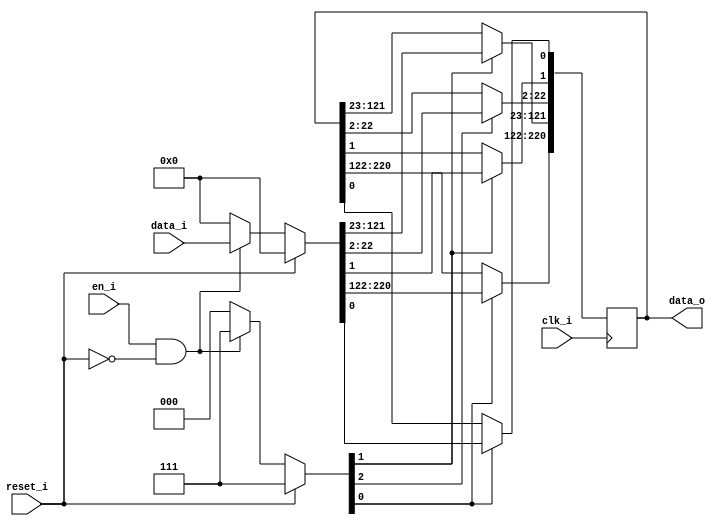
// This program was cloned from: https://github.com/NYU-MLDA/OpenABC
// License: BSD 3-Clause "New" or "Revised" License

module bsg_dff_reset_en_width_p221
(
  clk_i,
  reset_i,
  en_i,
  data_i,
  data_o
);

  input [220:0] data_i;
  output [220:0] data_o;
  input clk_i;
  input reset_i;
  input en_i;
  wire N0,N1,N2,N3,N4,N5,N6,N7,N8,N9,N10,N11,N12,N13,N14,N15,N16,N17,N18,N19,N20,N21,
  N22,N23,N24,N25,N26,N27,N28,N29,N30,N31,N32,N33,N34,N35,N36,N37,N38,N39,N40,N41,
  N42,N43,N44,N45,N46,N47,N48,N49,N50,N51,N52,N53,N54,N55,N56,N57,N58,N59,N60,N61,
  N62,N63,N64,N65,N66,N67,N68,N69,N70,N71,N72,N73,N74,N75,N76,N77,N78,N79,N80,N81,
  N82,N83,N84,N85,N86,N87,N88,N89,N90,N91,N92,N93,N94,N95,N96,N97,N98,N99,N100,N101,
  N102,N103,N104,N105,N106,N107,N108,N109,N110,N111,N112,N113,N114,N115,N116,N117,
  N118,N119,N120,N121,N122,N123,N124,N125,N126,N127,N128,N129,N130,N131,N132,N133,
  N134,N135,N136,N137,N138,N139,N140,N141,N142,N143,N144,N145,N146,N147,N148,N149,
  N150,N151,N152,N153,N154,N155,N156,N157,N158,N159,N160,N161,N162,N163,N164,N165,
  N166,N167,N168,N169,N170,N171,N172,N173,N174,N175,N176,N177,N178,N179,N180,N181,
  N182,N183,N184,N185,N186,N187,N188,N189,N190,N191,N192,N193,N194,N195,N196,N197,
  N198,N199,N200,N201,N202,N203,N204,N205,N206,N207,N208,N209,N210,N211,N212,N213,
  N214,N215,N216,N217,N218,N219,N220,N221,N222,N223,N224,N225,N226,N227,N228;
  reg [220:0] data_o;
  assign { N7, N5, N3 } = (N0)? { 1'b1, 1'b1, 1'b1 } : 
                          (N228)? { 1'b1, 1'b1, 1'b1 } : 
                          (N2)? { 1'b0, 1'b0, 1'b0 } : 1'b0;
  assign N0 = reset_i;
  assign { N226, N225, N224, N223, N222, N221, N220, N219, N218, N217, N216, N215, N214, N213, N212, N211, N210, N209, N208, N207, N206, N205, N204, N203, N202, N201, N200, N199, N198, N197, N196, N195, N194, N193, N192, N191, N190, N189, N188, N187, N186, N185, N184, N183, N182, N181, N180, N179, N178, N177, N176, N175, N174, N173, N172, N171, N170, N169, N168, N167, N166, N165, N164, N163, N162, N161, N160, N159, N158, N157, N156, N155, N154, N153, N152, N151, N150, N149, N148, N147, N146, N145, N144, N143, N142, N141, N140, N139, N138, N137, N136, N135, N134, N133, N132, N131, N130, N129, N128, N127, N126, N125, N124, N123, N122, N121, N120, N119, N118, N117, N116, N115, N114, N113, N112, N111, N110, N109, N108, N107, N106, N105, N104, N103, N102, N101, N100, N99, N98, N97, N96, N95, N94, N93, N92, N91, N90, N89, N88, N87, N86, N85, N84, N83, N82, N81, N80, N79, N78, N77, N76, N75, N74, N73, N72, N71, N70, N69, N68, N67, N66, N65, N64, N63, N62, N61, N60, N59, N58, N57, N56, N55, N54, N53, N52, N51, N50, N49, N48, N47, N46, N45, N44, N43, N42, N41, N40, N39, N38, N37, N36, N35, N34, N33, N32, N31, N30, N29, N28, N27, N26, N25, N24, N23, N22, N21, N20, N19, N18, N17, N16, N15, N14, N13, N12, N11, N10, N9, N8, N6, N4 } = (N0)? { 1'b0, 1'b0, 1'b0, 1'b0, 1'b0, 1'b0, 1'b0, 1'b0, 1'b0, 1'b0, 1'b0, 1'b0, 1'b0, 1'b0, 1'b0, 1'b0, 1'b0, 1'b0, 1'b0, 1'b0, 1'b0, 1'b0, 1'b0, 1'b0, 1'b0, 1'b0, 1'b0, 1'b0, 1'b0, 1'b0, 1'b0, 1'b0, 1'b0, 1'b0, 1'b0, 1'b0, 1'b0, 1'b0, 1'b0, 1'b0, 1'b0, 1'b0, 1'b0, 1'b0, 1'b0, 1'b0, 1'b0, 1'b0, 1'b0, 1'b0, 1'b0, 1'b0, 1'b0, 1'b0, 1'b0, 1'b0, 1'b0, 1'b0, 1'b0, 1'b0, 1'b0, 1'b0, 1'b0, 1'b0, 1'b0, 1'b0, 1'b0, 1'b0, 1'b0, 1'b0, 1'b0, 1'b0, 1'b0, 1'b0, 1'b0, 1'b0, 1'b0, 1'b0, 1'b0, 1'b0, 1'b0, 1'b0, 1'b0, 1'b0, 1'b0, 1'b0, 1'b0, 1'b0, 1'b0, 1'b0, 1'b0, 1'b0, 1'b0, 1'b0, 1'b0, 1'b0, 1'b0, 1'b0, 1'b0, 1'b0, 1'b0, 1'b0, 1'b0, 1'b0, 1'b0, 1'b0, 1'b0, 1'b0, 1'b0, 1'b0, 1'b0, 1'b0, 1'b0, 1'b0, 1'b0, 1'b0, 1'b0, 1'b0, 1'b0, 1'b0, 1'b0, 1'b0, 1'b0, 1'b0, 1'b0, 1'b0, 1'b0, 1'b0, 1'b0, 1'b0, 1'b0, 1'b0, 1'b0, 1'b0, 1'b0, 1'b0, 1'b0, 1'b0, 1'b0, 1'b0, 1'b0, 1'b0, 1'b0, 1'b0, 1'b0, 1'b0, 1'b0, 1'b0, 1'b0, 1'b0, 1'b0, 1'b0, 1'b0, 1'b0, 1'b0, 1'b0, 1'b0, 1'b0, 1'b0, 1'b0, 1'b0, 1'b0, 1'b0, 1'b0, 1'b0, 1'b0, 1'b0, 1'b0, 1'b0, 1'b0, 1'b0, 1'b0, 1'b0, 1'b0, 1'b0, 1'b0, 1'b0, 1'b0, 1'b0, 1'b0, 1'b0, 1'b0, 1'b0, 1'b0, 1'b0, 1'b0, 1'b0, 1'b0, 1'b0, 1'b0, 1'b0, 1'b0, 1'b0, 1'b0, 1'b0, 1'b0, 1'b0, 1'b0, 1'b0, 1'b0, 1'b0, 1'b0, 1'b0, 1'b0, 1'b0, 1'b0, 1'b0, 1'b0, 1'b0, 1'b0, 1'b0, 1'b0, 1'b0, 1'b0, 1'b0, 1'b0, 1'b0, 1'b0, 1'b0, 1'b0, 1'b0 } : 
                                                                                                                                                                                                                                                                                                                                                                                                                                                                                                                                                                                                                                                                                                                                                                                                                                                                                                                                                                                                                                                                                                                                                                                                                                                                                          (N228)? data_i : 1'b0;
  assign N1 = en_i | reset_i;
  assign N2 = ~N1;
  assign N227 = ~reset_i;
  assign N228 = en_i & N227;

  always @(posedge clk_i) begin
    if(N3) begin
      { data_o[220:122], data_o[0:0] } <= { N226, N225, N224, N223, N222, N221, N220, N219, N218, N217, N216, N215, N214, N213, N212, N211, N210, N209, N208, N207, N206, N205, N204, N203, N202, N201, N200, N199, N198, N197, N196, N195, N194, N193, N192, N191, N190, N189, N188, N187, N186, N185, N184, N183, N182, N181, N180, N179, N178, N177, N176, N175, N174, N173, N172, N171, N170, N169, N168, N167, N166, N165, N164, N163, N162, N161, N160, N159, N158, N157, N156, N155, N154, N153, N152, N151, N150, N149, N148, N147, N146, N145, N144, N143, N142, N141, N140, N139, N138, N137, N136, N135, N134, N133, N132, N131, N130, N129, N128, N4 };
    end 
    if(N5) begin
      { data_o[121:23], data_o[1:1] } <= { N127, N126, N125, N124, N123, N122, N121, N120, N119, N118, N117, N116, N115, N114, N113, N112, N111, N110, N109, N108, N107, N106, N105, N104, N103, N102, N101, N100, N99, N98, N97, N96, N95, N94, N93, N92, N91, N90, N89, N88, N87, N86, N85, N84, N83, N82, N81, N80, N79, N78, N77, N76, N75, N74, N73, N72, N71, N70, N69, N68, N67, N66, N65, N64, N63, N62, N61, N60, N59, N58, N57, N56, N55, N54, N53, N52, N51, N50, N49, N48, N47, N46, N45, N44, N43, N42, N41, N40, N39, N38, N37, N36, N35, N34, N33, N32, N31, N30, N29, N6 };
    end 
    if(N7) begin
      { data_o[22:2] } <= { N28, N27, N26, N25, N24, N23, N22, N21, N20, N19, N18, N17, N16, N15, N14, N13, N12, N11, N10, N9, N8 };
    end 
  end


endmodule